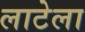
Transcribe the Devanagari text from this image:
लाटेला